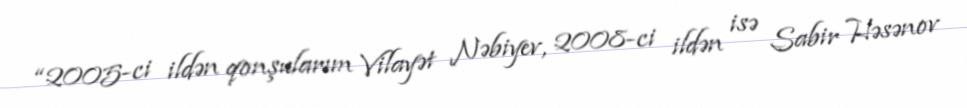
“2005-ci ildən qonşularım Vilayət Nəbiyev, 2008-ci ildən isə Sabir Həsənov